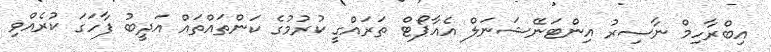
އިބްރާހިމް ނާސިރު އިންޓަނޭޝަނަލް އެއާޕޯޓް ތަރައްގީ ކުރުމުގެ ކަންތައްތައް އަދީބު ފާހަގަ ކުރެއްވި